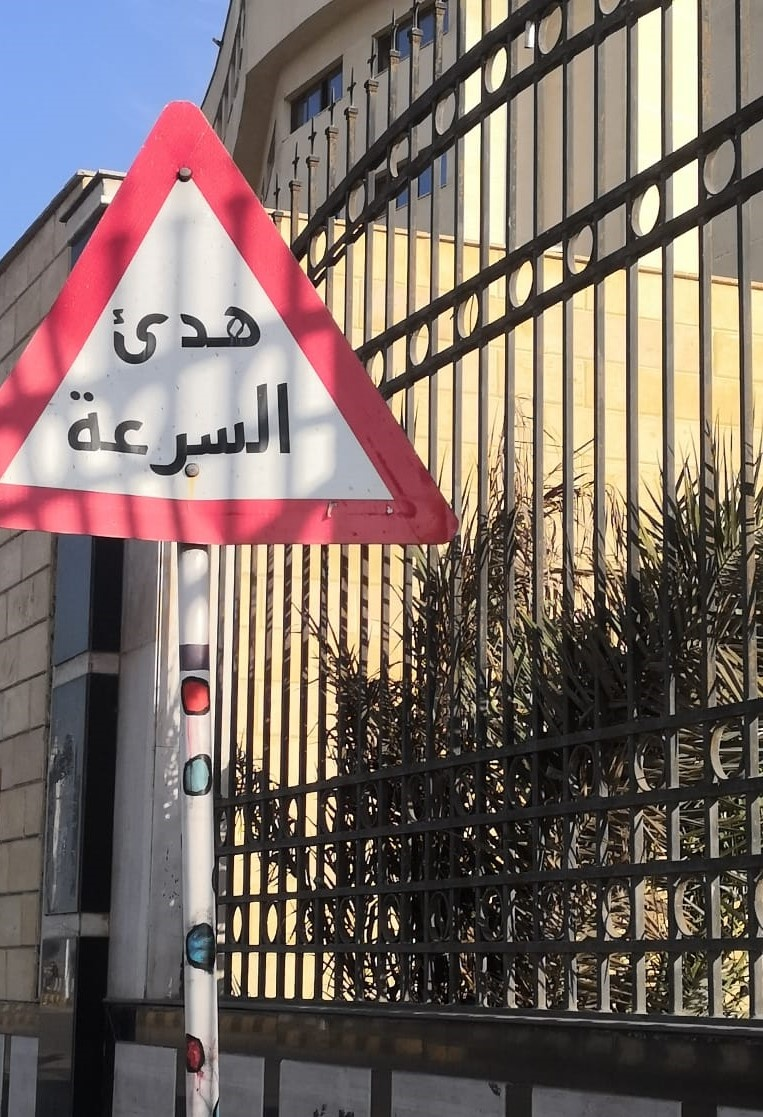
Text in image: هدئ السرعة